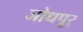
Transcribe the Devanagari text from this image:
जोधपूर्